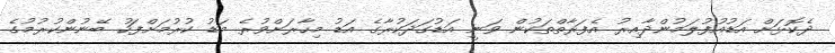
ދެކޮޅަށް އަޑުއުފުލަމުންދާއިރު އެފަރާތްތަކުން ވަނީ އަޑުގަދަކުރާގެ އަޑު މިހާރަށްވުރެ މަޑު ކުރުމަށްފަހު ބޭނުންކުރުމުގެ